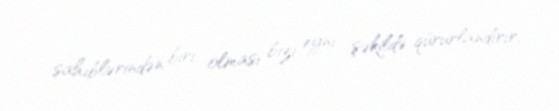
sahiblərindən biri olması bizi eyni şəkildə qürurlandırır.